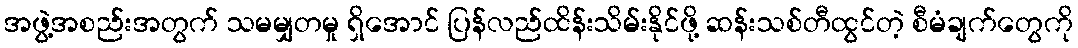
အဖွဲ့အစည်းအတွက် သမမျှတမှု ရှိအောင် ပြန်လည်ထိန်းသိမ်းနိုင်ဖို့ ဆန်းသစ်တီထွင်တဲ့ စီမံချက်တွေကို